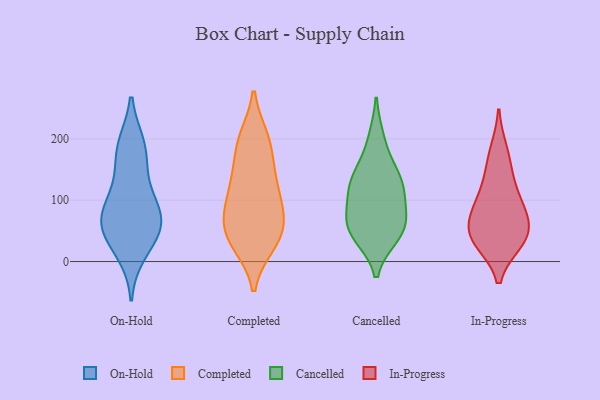
{"axis": {"x": "Waste Production (Tons)", "y": "Value"}, "legend": ["Cancelled", "Completed", "In-Progress", "On-Hold"], "data": [{"x": "", "y": 39, "type": "On-Hold"}, {"x": "", "y": 91, "type": "On-Hold"}, {"x": "", "y": 159, "type": "On-Hold"}, {"x": "", "y": 114, "type": "On-Hold"}, {"x": "", "y": 68, "type": "On-Hold"}, {"x": "", "y": 189, "type": "On-Hold"}, {"x": "", "y": 70, "type": "On-Hold"}, {"x": "", "y": 15, "type": "On-Hold"}, {"x": "", "y": 52, "type": "On-Hold"}, {"x": "", "y": 67, "type": "On-Hold"}, {"x": "", "y": 189, "type": "On-Hold"}, {"x": "", "y": 132, "type": "Completed"}, {"x": "", "y": 73, "type": "Completed"}, {"x": "", "y": 200, "type": "Completed"}, {"x": "", "y": 127, "type": "Completed"}, {"x": "", "y": 38, "type": "Completed"}, {"x": "", "y": 199, "type": "Completed"}, {"x": "", "y": 188, "type": "Completed"}, {"x": "", "y": 74, "type": "Completed"}, {"x": "", "y": 32, "type": "Completed"}, {"x": "", "y": 29, "type": "Completed"}, {"x": "", "y": 80, "type": "Completed"}, {"x": "", "y": 95, "type": "Completed"}, {"x": "", "y": 44, "type": "Completed"}, {"x": "", "y": 143, "type": "Completed"}, {"x": "", "y": 49, "type": "Cancelled"}, {"x": "", "y": 131, "type": "Cancelled"}, {"x": "", "y": 124, "type": "Cancelled"}, {"x": "", "y": 81, "type": "Cancelled"}, {"x": "", "y": 68, "type": "Cancelled"}, {"x": "", "y": 199, "type": "Cancelled"}, {"x": "", "y": 146, "type": "Cancelled"}, {"x": "", "y": 51, "type": "Cancelled"}, {"x": "", "y": 115, "type": "Cancelled"}, {"x": "", "y": 43, "type": "Cancelled"}, {"x": "", "y": 34, "type": "In-Progress"}, {"x": "", "y": 37, "type": "In-Progress"}, {"x": "", "y": 112, "type": "In-Progress"}, {"x": "", "y": 93, "type": "In-Progress"}, {"x": "", "y": 83, "type": "In-Progress"}, {"x": "", "y": 149, "type": "In-Progress"}, {"x": "", "y": 53, "type": "In-Progress"}, {"x": "", "y": 180, "type": "In-Progress"}, {"x": "", "y": 60, "type": "In-Progress"}, {"x": "", "y": 33, "type": "In-Progress"}]}